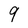
Character: 9